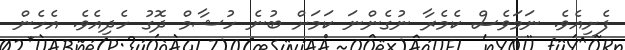
ފެށިއެވެ. ނަމަވެސް ކެމެރާ ނުގެންނަ ކަމަށް ބުނެ ހުޝާމް ދޮގު ހެދިއެވެ. އެހެން